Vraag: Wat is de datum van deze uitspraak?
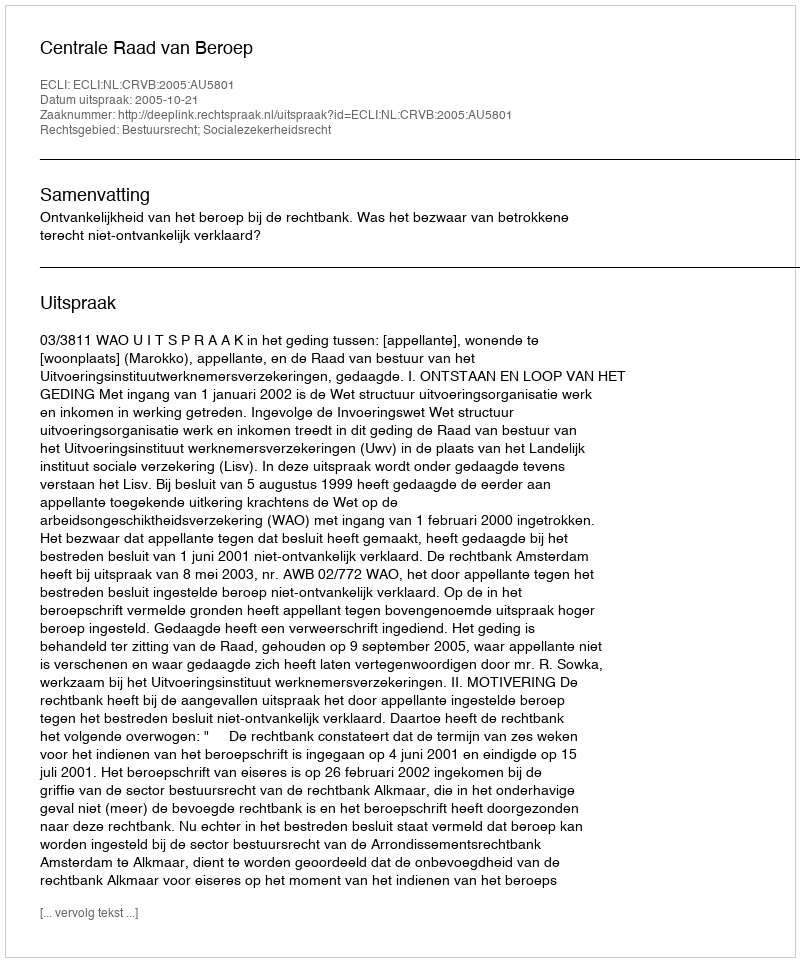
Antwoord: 2005-10-21